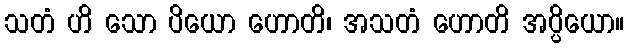
သတံ ဟိ သော ပိယော ဟောတိ၊ အသတံ ဟောတိ အပ္ပိယော။